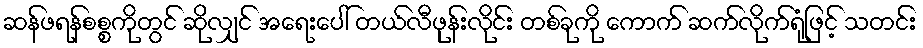
ဆန်ဖရန်စစ္စကိုတွင် ဆိုလျှင် အရေးပေါ် တယ်လီဖုန်းလိုင်း တစ်ခုကို ကောက် ဆက်လိုက်ရုံဖြင့် သတင်း